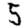
Digit: 5